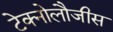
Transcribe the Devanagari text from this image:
टेक्नोलौजीस